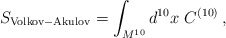
\begin{align*}S_{\rm Volkov-Akulov} = \int_{M^{10}} d^{10} x \ C^{(10)}\, ,\end{align*}